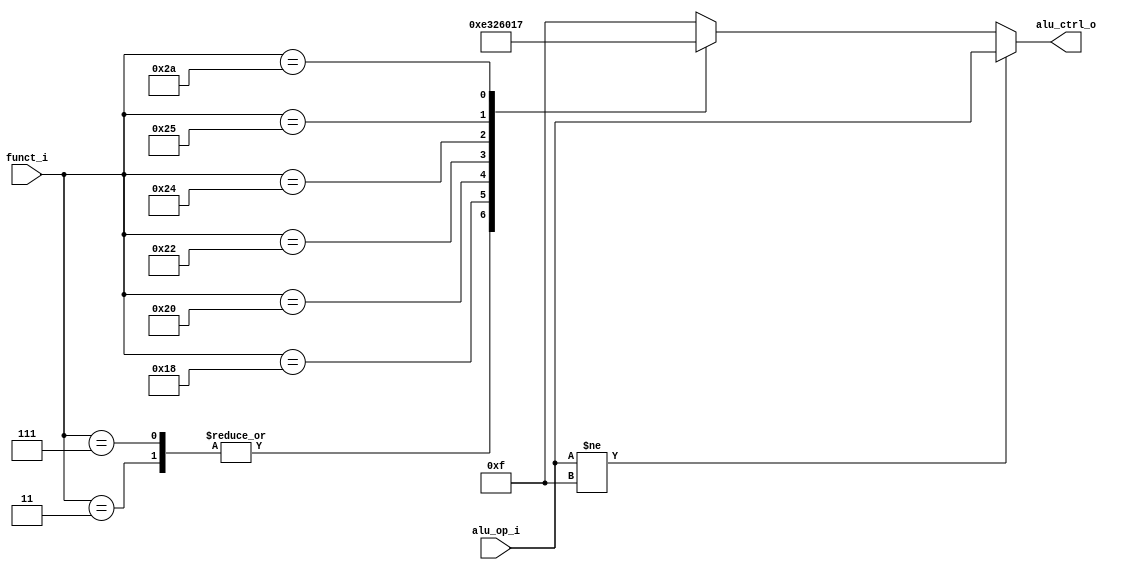
module AluControl (
	input [5:0] funct_i,
	input [3:0] alu_op_i,
	output reg [3:0] alu_ctrl_o
);

always @(*) begin
	if (alu_op_i != 15)
		alu_ctrl_o = alu_op_i;
	else begin
		case (funct_i)
			3:       alu_ctrl_o = 14; // SRA
			7:       alu_ctrl_o = 14; // SRAV
			24:      alu_ctrl_o = 3;  // MUL
			32:      alu_ctrl_o = 2;  // ADD
			34:      alu_ctrl_o = 6;  // SUB
			36:      alu_ctrl_o = 0;  // AND
			37:      alu_ctrl_o = 1;  // OR
			42:      alu_ctrl_o = 7;  // SLT
			default: alu_ctrl_o = 15; // LUI
		endcase
	end
end

endmodule